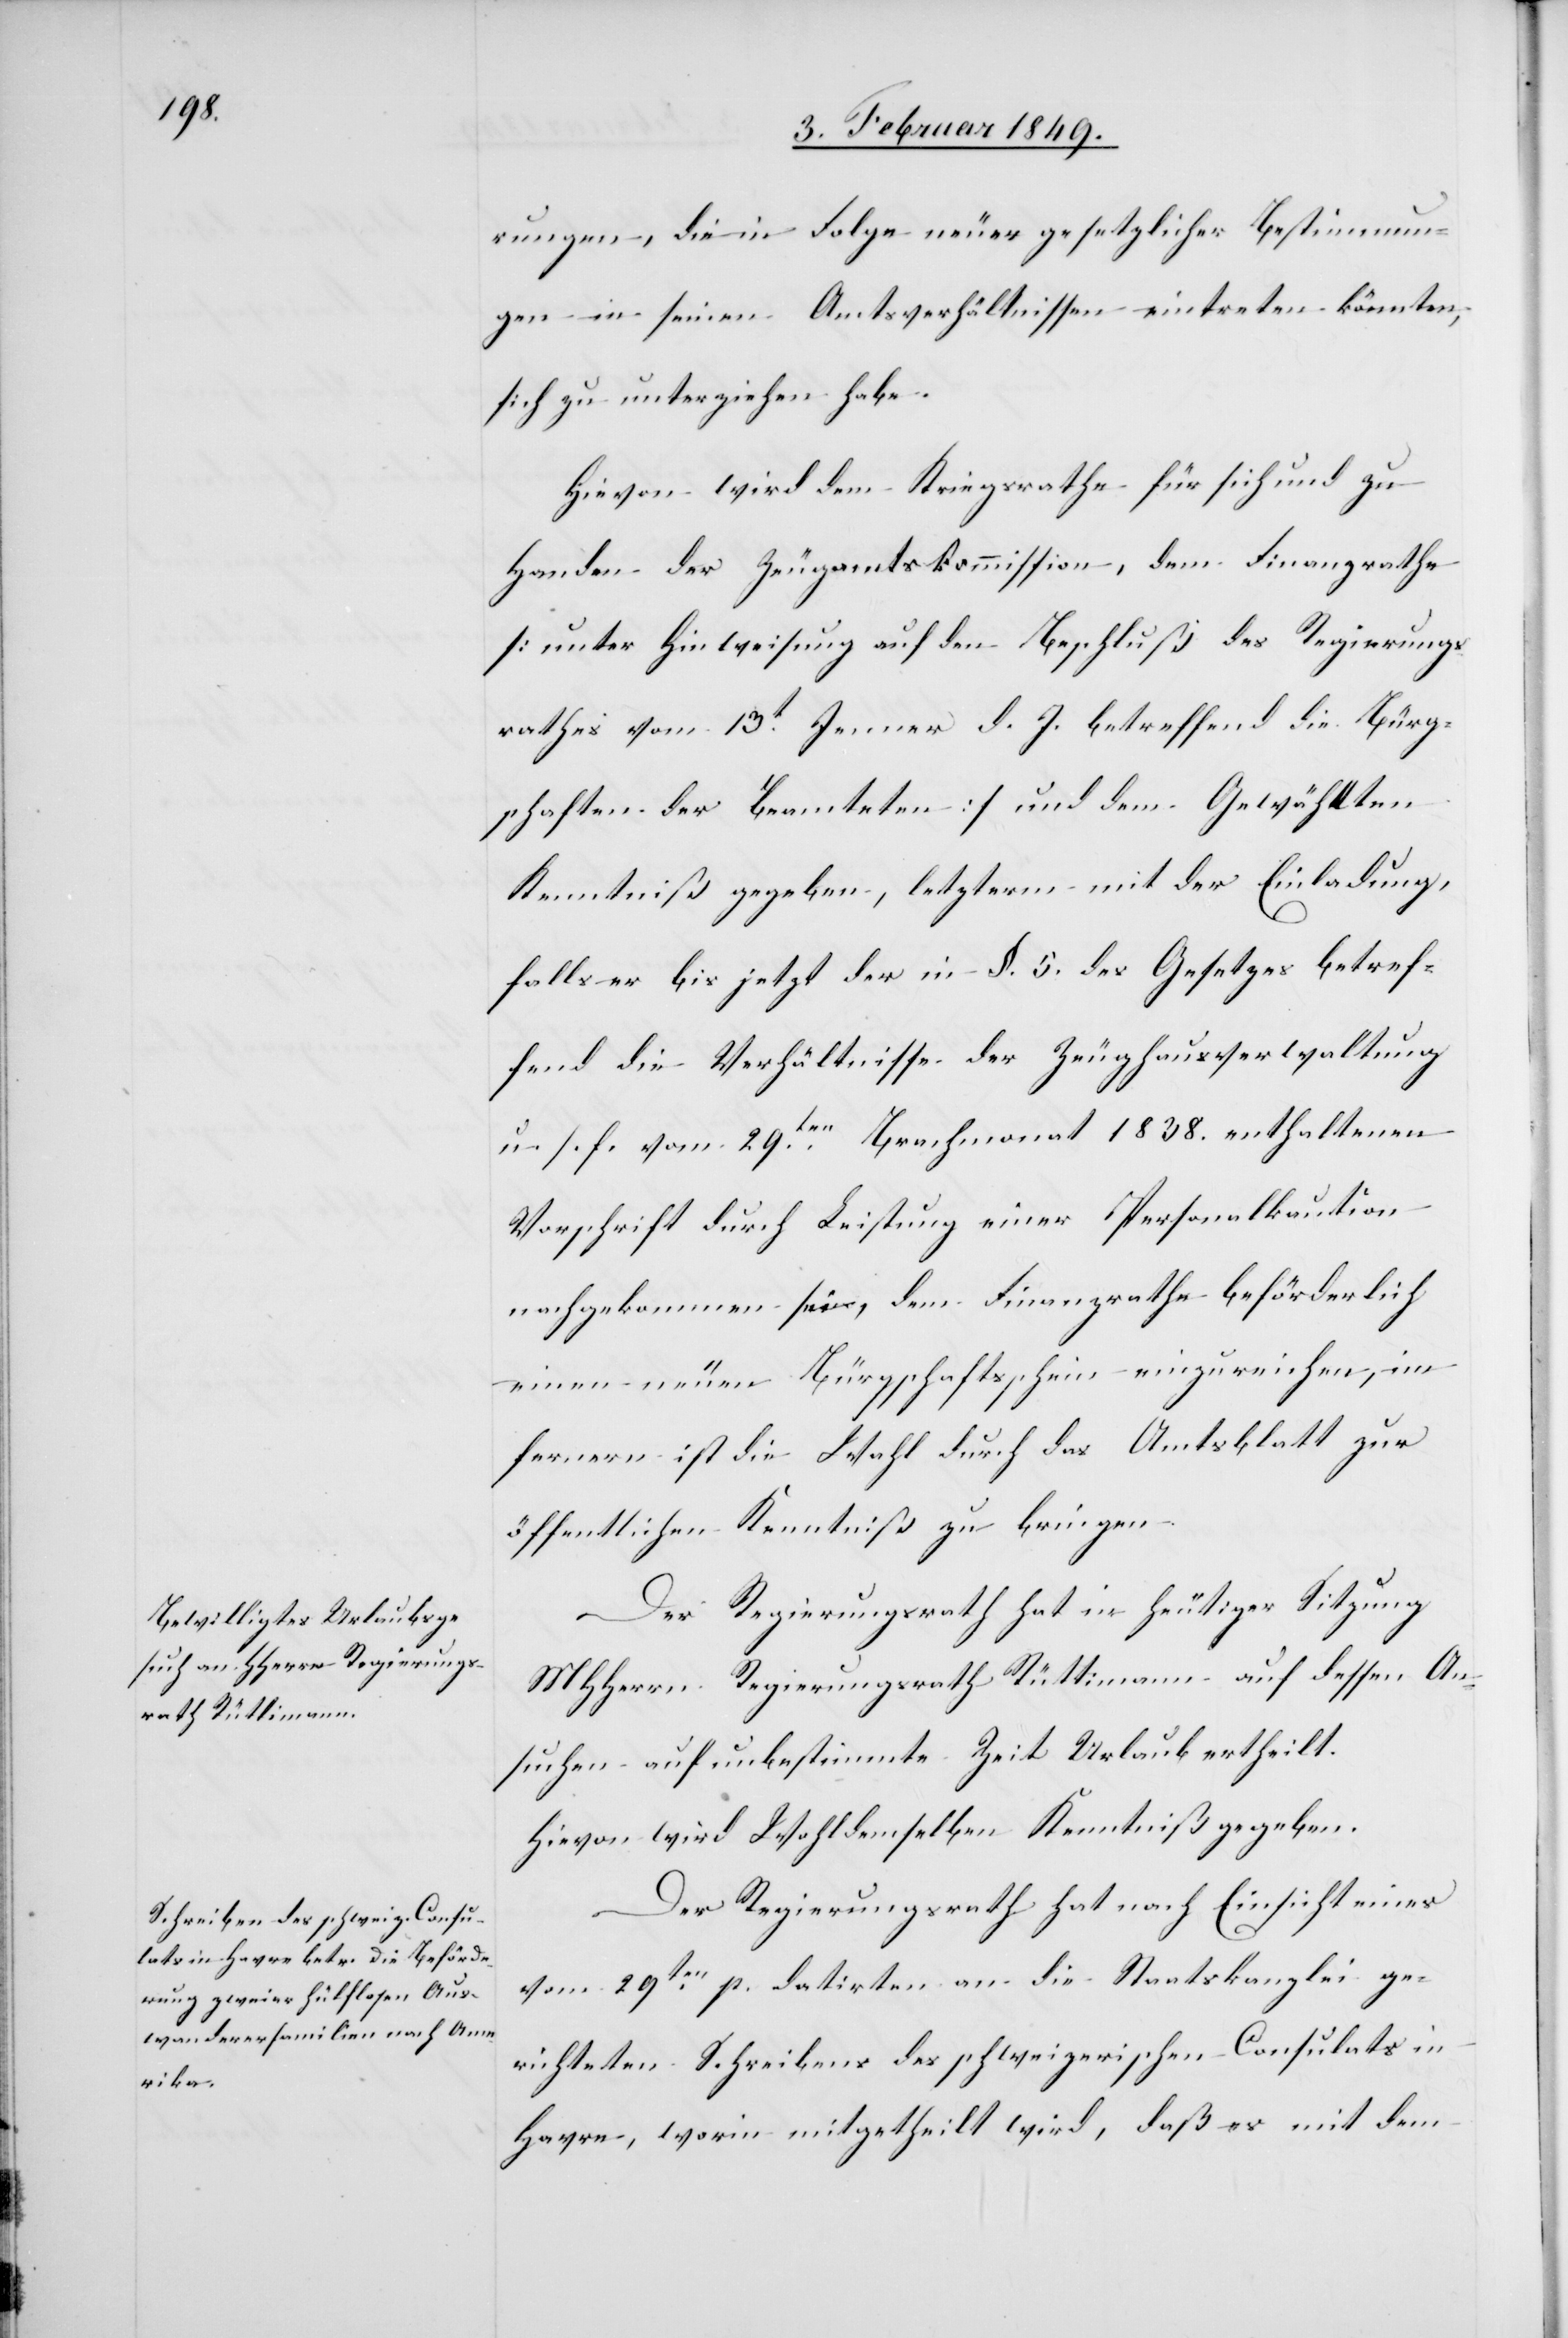
rungen, die in Folge neuer gesetzlicher Bestimmun¬
gen in seinen Amtsverhältnissen eintreten könnten,
sich zu unterziehen habe.
Hievon wird dem Kriegsrathe für sich und zu
Handen der Zeugamtskommission, dem Finanzrathe
[unter Hinweisung auf den Beschluß des Regierungs¬
rathes vom 13t. Jenner d. J. betreffend die Bürg¬
schaften der Beamteten] und dem Gewählten
Kenntniß gegeben, letzterm mit der Einladung,
falls er bis jetzt der in §. 5. des Gesetzes betref¬
fend die Verhältnisse der Zeughausverwaltung
u. s. f. vom 29ten. Brachmonat 1838. enthaltenen
Vorschrift durch Leistung einer Personalkaution
nachgekommen sei, dem Finanzrathe beförderlich
einen neuen Bürgschaftsschein einzureichen, im
fernern ist die Wahl durch das Amtsblatt zur
öffentlichen Kenntniß zu bringen.
Der Regierungsrath hat in heutiger Sitzung
MHHerrn Regierungsrath Rüttimann auf dessen An¬
suchen auf unbestimmte Zeit Urlaub ertheilt.
Hievon wird Wohldemselben Kenntniß gegeben.
Der Regierungsrath hat nach Einsicht eines
vom 29ten. p. datirten an die Staatskanzlei ge¬
richteten Schreibens des schweizerischen Consulats in
Havre, worin mitgetheilt wird, daß es mit dem